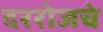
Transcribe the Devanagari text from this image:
दररोजचे